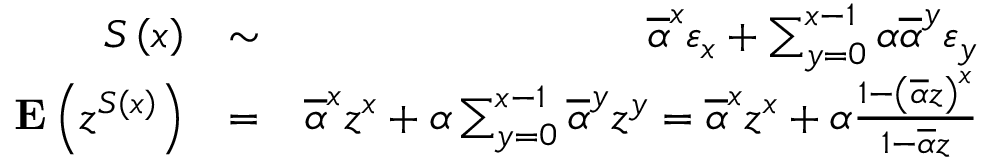
\begin{array} { r l r } { S \left( x \right) } & { \sim } & { \overline { { \alpha } } ^ { x } \varepsilon _ { x } + \sum _ { y = 0 } ^ { x - 1 } \alpha \overline { { \alpha } } ^ { y } \varepsilon _ { y } } \\ { { \bf E } \left( z ^ { S \left( x \right) } \right) } & { = } & { \overline { { \alpha } } ^ { x } z ^ { x } + \alpha \sum _ { y = 0 } ^ { x - 1 } \overline { { \alpha } } ^ { y } z ^ { y } = \overline { { \alpha } } ^ { x } z ^ { x } + \alpha \frac { 1 - \left( \overline { { \alpha } } z \right) ^ { x } } { 1 - \overline { { \alpha } } z } } \end{array}